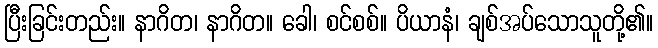
ပြီးခြင်းတည်း။ နာဂိတ၊ နာဂိတ။ ခေါ၊ စင်စစ်။ ပိယာနံ၊ ချစ်အပ်သောသူတို့၏။